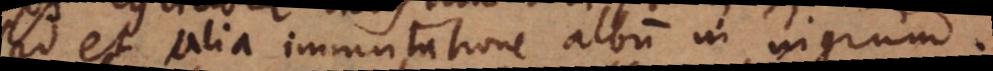
sed et alia immutatione album in nigrum.